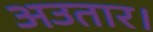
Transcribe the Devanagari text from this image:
अउतार।